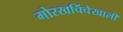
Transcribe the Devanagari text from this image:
गोरखचिंचेखाली